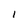
Character: l